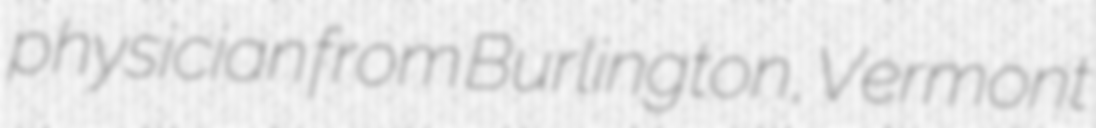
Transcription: physician from Burlington, Vermont